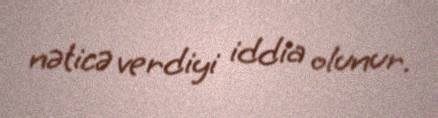
nəticə verdiyi iddia olunur.